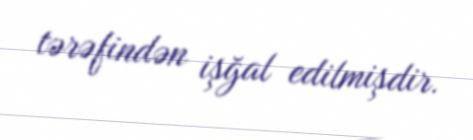
tərəfindən işğal edilmişdir.